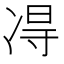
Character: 𫥐